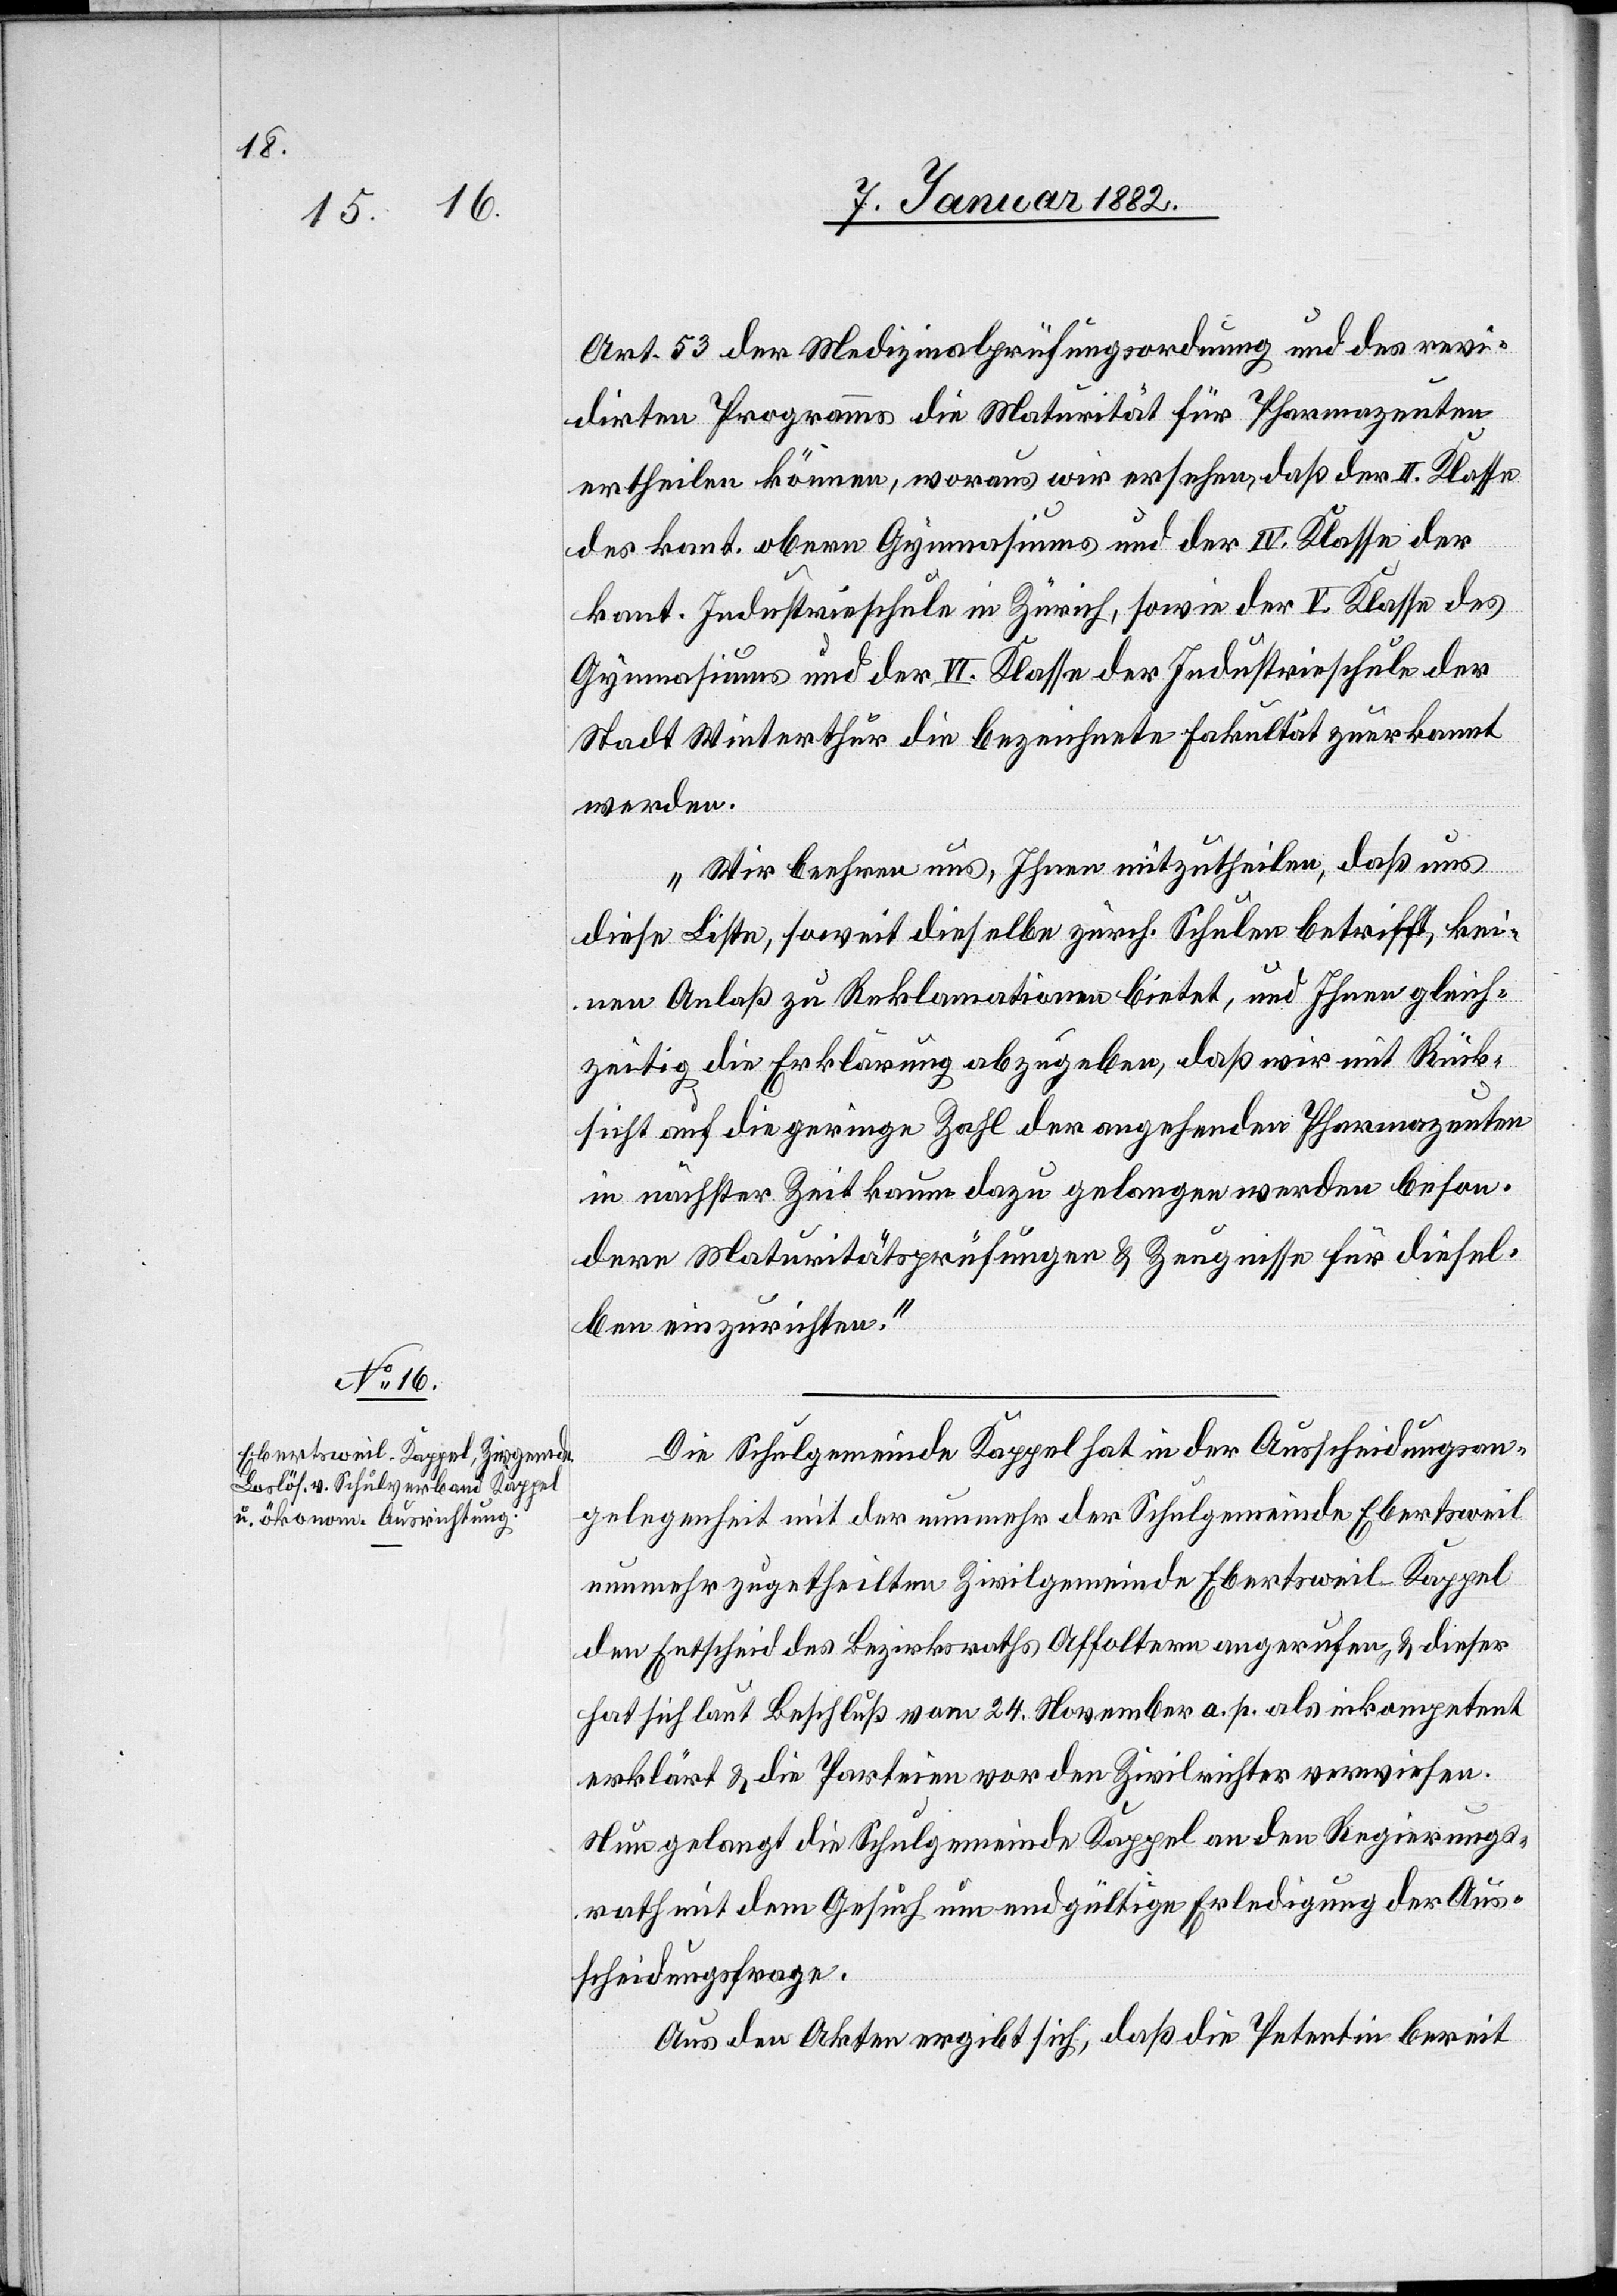
Art. 53 der Medizinalprüfungsordnung und des revi¬
dirten Programms die Maturität für Pharmazeuten
ertheilen können, woraus wir ersehen, daß der II. Klasse
des kant. obern Gymnasiums und der IV. Klasse der
kant. Industrieschule in Zürich, sowie der V. Klasse des
Gymnasiums und der VI. Klasse der Industrieschule der
Stadt Winterthur die bezeichnete Fakultät zuerkannt
werden.
Wir beehren uns, Ihnen mitzutheilen, daß uns
diese Liste, soweit dieselbe zürch. Schulen betrifft, kei¬
nen Anlaß zu Reklamationen bietet, und Ihnen gleich¬
zeitig die Erklärung abzugeben, daß wir mit Rück¬
sicht auf die geringe Zahl der angehenden Pharmazeuten
in nächster Zeit kaum dazu gelangen werden beson¬
dere Maturitätsprüfungen & Zeugnisse für diesel¬
ben einzurichten.“
Die Schulgemeinde Kappel hat in der Ausscheidungsan¬
gelegenheit mit der nunmehr der Schulgemeinde Ebertsweil
nunmehr [sic!] zugetheilten Zivilgemeinde Ebertsweil - Kappel
den Entscheid des Bezirksrathes Affoltern angerufen, & dieser
hat sich laut Beschluß vom 24. November a. p. als inkompetent
erklärt & die Parteien vor den Zivilrichter verwiesen.
Nun gelangt die Schulgemeinde Kappel an den Regierungs¬
rath mit dem Gesuch um endgültige Erledigung der Aus¬
scheidungsfrage.
Aus den Akten ergibt sich, daß die Petentin bereit